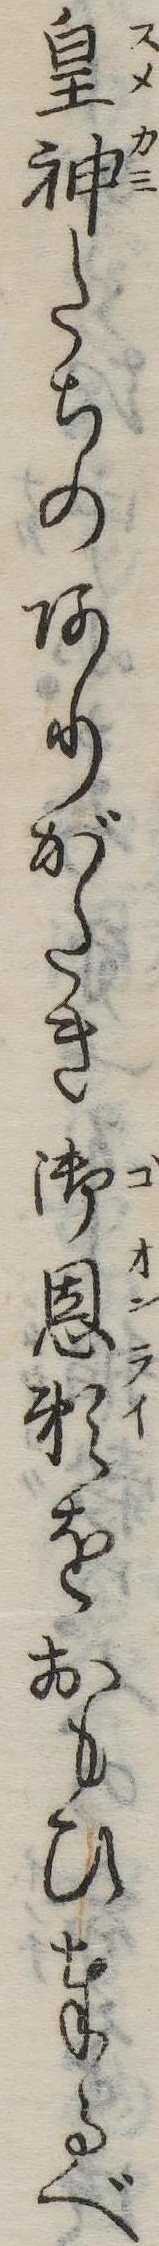
皇神たちのありがたき御恩頼をおもひ奉るべ